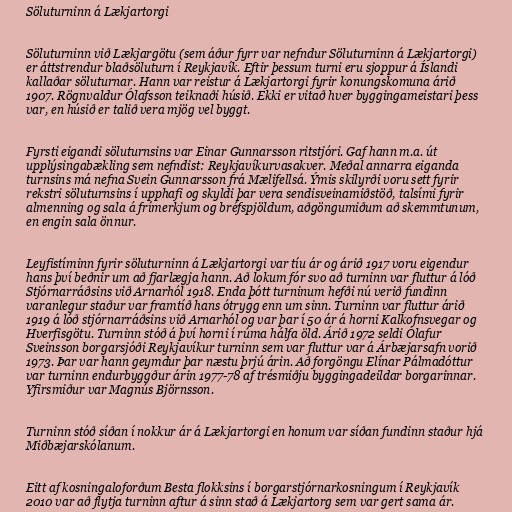
Söluturninn á Lækjartorgi

Söluturninn við Lækjargötu (sem áður fyrr var nefndur Söluturninn á Lækjartorgi)
er áttstrendur blaðsöluturn í Reykjavík. Eftir þessum turni eru sjoppur á Íslandi
kallaðar söluturnar. Hann var reistur á Lækjartorgi fyrir konungskomuna árið
1907. Rögnvaldur Ólafsson teiknaði húsið. Ekki er vitað hver byggingameistari þess
var, en húsið er talið vera mjög vel byggt.

Fyrsti eigandi söluturnsins var Einar Gunnarsson ritstjóri. Gaf hann m.a. út
upplýsingabækling sem nefndist: Reykjavíkurvasakver. Meðal annarra eiganda
turnsins má nefna Svein Gunnarsson frá Mælifellsá. Ýmis skilyrði voru sett fyrir
rekstri söluturnsins í upphafi og skyldi þar vera sendisveinamiðstöð, talsími fyrir
almenning og sala á frímerkjum og bréfspjöldum, aðgöngumiðum að skemmtunum,
en engin sala önnur.

Leyfistíminn fyrir söluturninn á Lækjartorgi var tíu ár og árið 1917 voru eigendur
hans því beðnir um að fjarlægja hann. Að lokum fór svo að turninn var fluttur á lóð
Stjórnarráðsins við Arnarhól 1918. Enda þótt turninum hefði nú verið fundinn
varanlegur staður var framtíð hans ótrygg enn um sinn. Turninn var fluttur árið
1919 á lóð stjórnarráðsins við Arnarhól og var þar í 50 ár á horni Kalkofnsvegar og
Hverfisgötu. Turninn stóð á því horni í rúma hálfa öld. Árið 1972 seldi Ólafur
Sveinsson borgarsjóði Reykjavíkur turninn sem var fluttur var á Árbæjarsafn vorið
1973. Þar var hann geymdur þar næstu þrjú árin. Að forgöngu Elínar Pálmadóttur
var turninn endurbyggður árin 1977-78 af trésmiðju byggingadeildar borgarinnar.
Yfirsmiður var Magnús Björnsson.

Turninn stóð síðan í nokkur ár á Lækjartorgi en honum var síðan fundinn staður hjá
Miðbæjarskólanum.

Eitt af kosningaloforðum Besta flokksins í borgarstjórnarkosningum í Reykjavík
2010 var að flytja turninn aftur á sinn stað á Lækjartorg sem var gert sama ár.